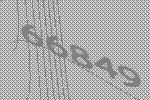
66849